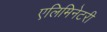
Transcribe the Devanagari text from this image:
एलिमिनेटरी